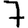
Digit: 7